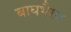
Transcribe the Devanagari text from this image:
बाघभैरव